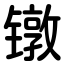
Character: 镦